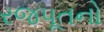
રજપૂતનો